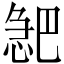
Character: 𪬎